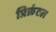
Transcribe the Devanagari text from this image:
प्रिफ्रंटल